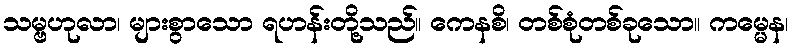
သမ္ဗဟုလာ၊ များစွာသော ရဟန်းတို့သည်။ ကေနစိ၊ တစ်စုံတစ်ခုသော။ ကမ္မေန၊